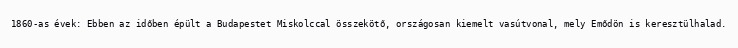
1860-as évek: Ebben az időben épült a Budapestet Miskolccal összekötő, országosan kiemelt vasútvonal, mely Emődön is keresztülhalad.